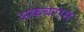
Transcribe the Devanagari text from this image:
अकबरास